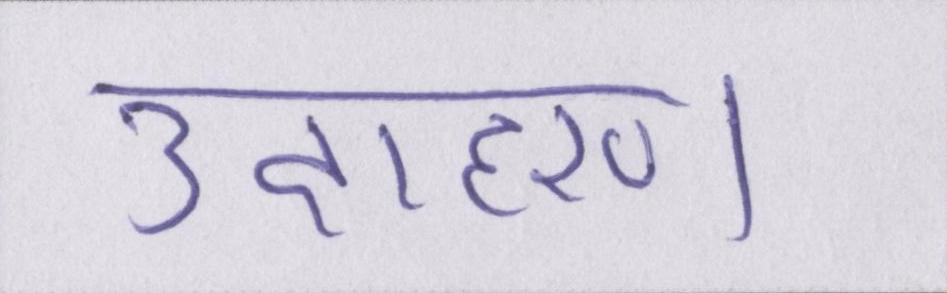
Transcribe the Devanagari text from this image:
उदाहरण